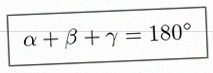
\alpha+\beta+\gamma=180^\circ